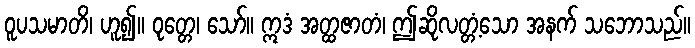
ဝူပသမာတိ၊ ဟူ၍။ ဝုတ္တေ၊ သော်။ ဣဒံ အတ္ထဇာတံ၊ ဤဆိုလတ္တံ့သော အနက် သဘောသည်။